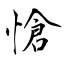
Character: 愴